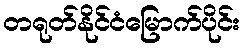
တရုတ်နိုင်ငံမြောက်ပိုင်း